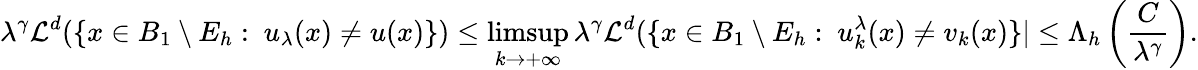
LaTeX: \lambda^{\gamma}\mathcal{L}^{d}(\{ x\in B_{1}\setminus E_{h}:\ u_{\lambda}(x)\neq u(x)\} )\leq\operatorname*{limsup}_{k\to+\infty}\lambda^{\gamma}\mathcal{L}^{d}(\{ x\in B_{1}\setminus E_{h}:\ u_{k}^{\lambda}(x)\neq v_{k}(x)\} |\leq\Lambda_{h}\left(\frac{C}{\lambda^{\gamma}}\right).